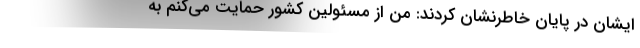
ایشان در پایان خاطرنشان کردند: من از مسئولین کشور حمایت می‌کنم به